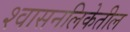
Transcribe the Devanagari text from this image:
श्वासनलिकेतील